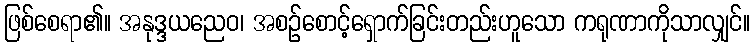
ဖြစ်စေရာ၏။ အနုဒ္ဒယညေဝ၊ အစဉ်စောင့်ရှောက်ခြင်းတည်းဟူသော ကရုဏာကိုသာလျှင်။